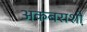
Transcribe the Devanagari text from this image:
अकबराशी